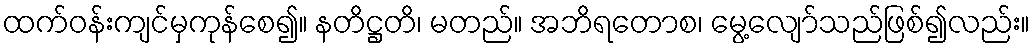
ထက်ဝန်းကျင်မှကုန်စေ၍။ နတိဋ္ဌတိ၊ မတည်။ အဘိရတောစ၊ မွေ့လျော်သည်ဖြစ်၍လည်း။